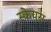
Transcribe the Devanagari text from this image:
स्केचस